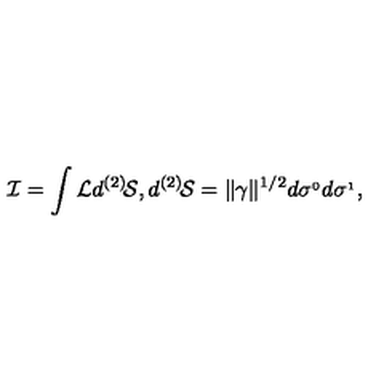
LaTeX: { \cal I } = \int { \cal L } d ^ { ( 2 ) } \! { \cal S } , d ^ { ( 2 ) } \! { \cal S } = \Vert \gamma \Vert ^ { 1 / 2 } d \sigma ^ { _ 0 } d \sigma ^ { _ 1 } ,